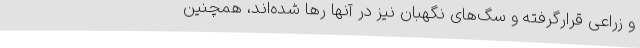
و زراعی قرارگرفته و سگ‌های نگهبان نیز در آنها رها شده‌اند، همچنین